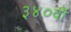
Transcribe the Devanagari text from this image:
३४०वॉ